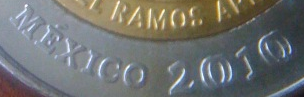
MEXICO 2010